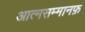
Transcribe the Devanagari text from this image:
आत्मसम्मानफ़